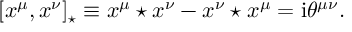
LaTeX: [ x ^ { \mu } , x ^ { \nu } ] _ { \star } \equiv x ^ { \mu } \star x ^ { \nu } - x ^ { \nu } \star x ^ { \mu } = \mathrm { i } \theta ^ { \mu \nu } .